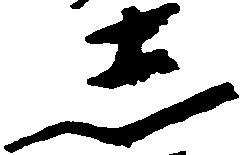
し